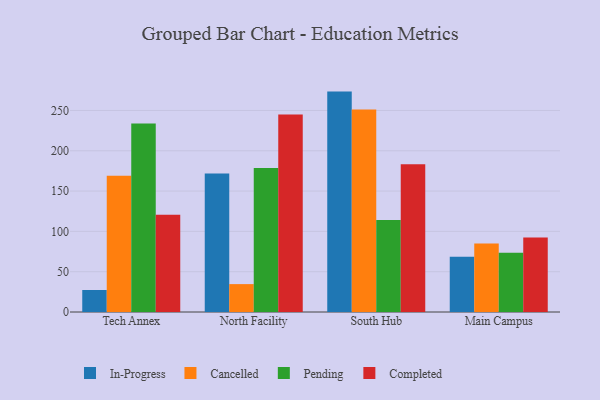
{"axis": {"x": "Campus", "y": "Demand Index"}, "legend": ["Cancelled", "Completed", "In-Progress", "Pending"], "data": [{"x": "Tech Annex", "y": 27.3, "type": "In-Progress"}, {"x": "Tech Annex", "y": 168.9, "type": "Cancelled"}, {"x": "Tech Annex", "y": 233.7, "type": "Pending"}, {"x": "Tech Annex", "y": 120.7, "type": "Completed"}, {"x": "North Facility", "y": 171.7, "type": "In-Progress"}, {"x": "North Facility", "y": 34.6, "type": "Cancelled"}, {"x": "North Facility", "y": 178.6, "type": "Pending"}, {"x": "North Facility", "y": 245.1, "type": "Completed"}, {"x": "South Hub", "y": 273.4, "type": "In-Progress"}, {"x": "South Hub", "y": 251.1, "type": "Cancelled"}, {"x": "South Hub", "y": 114.1, "type": "Pending"}, {"x": "South Hub", "y": 183.2, "type": "Completed"}, {"x": "Main Campus", "y": 68.5, "type": "In-Progress"}, {"x": "Main Campus", "y": 84.9, "type": "Cancelled"}, {"x": "Main Campus", "y": 73.5, "type": "Pending"}, {"x": "Main Campus", "y": 92.3, "type": "Completed"}]}